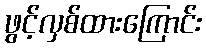
ဖွင့်လှစ်ထားကြောင်း